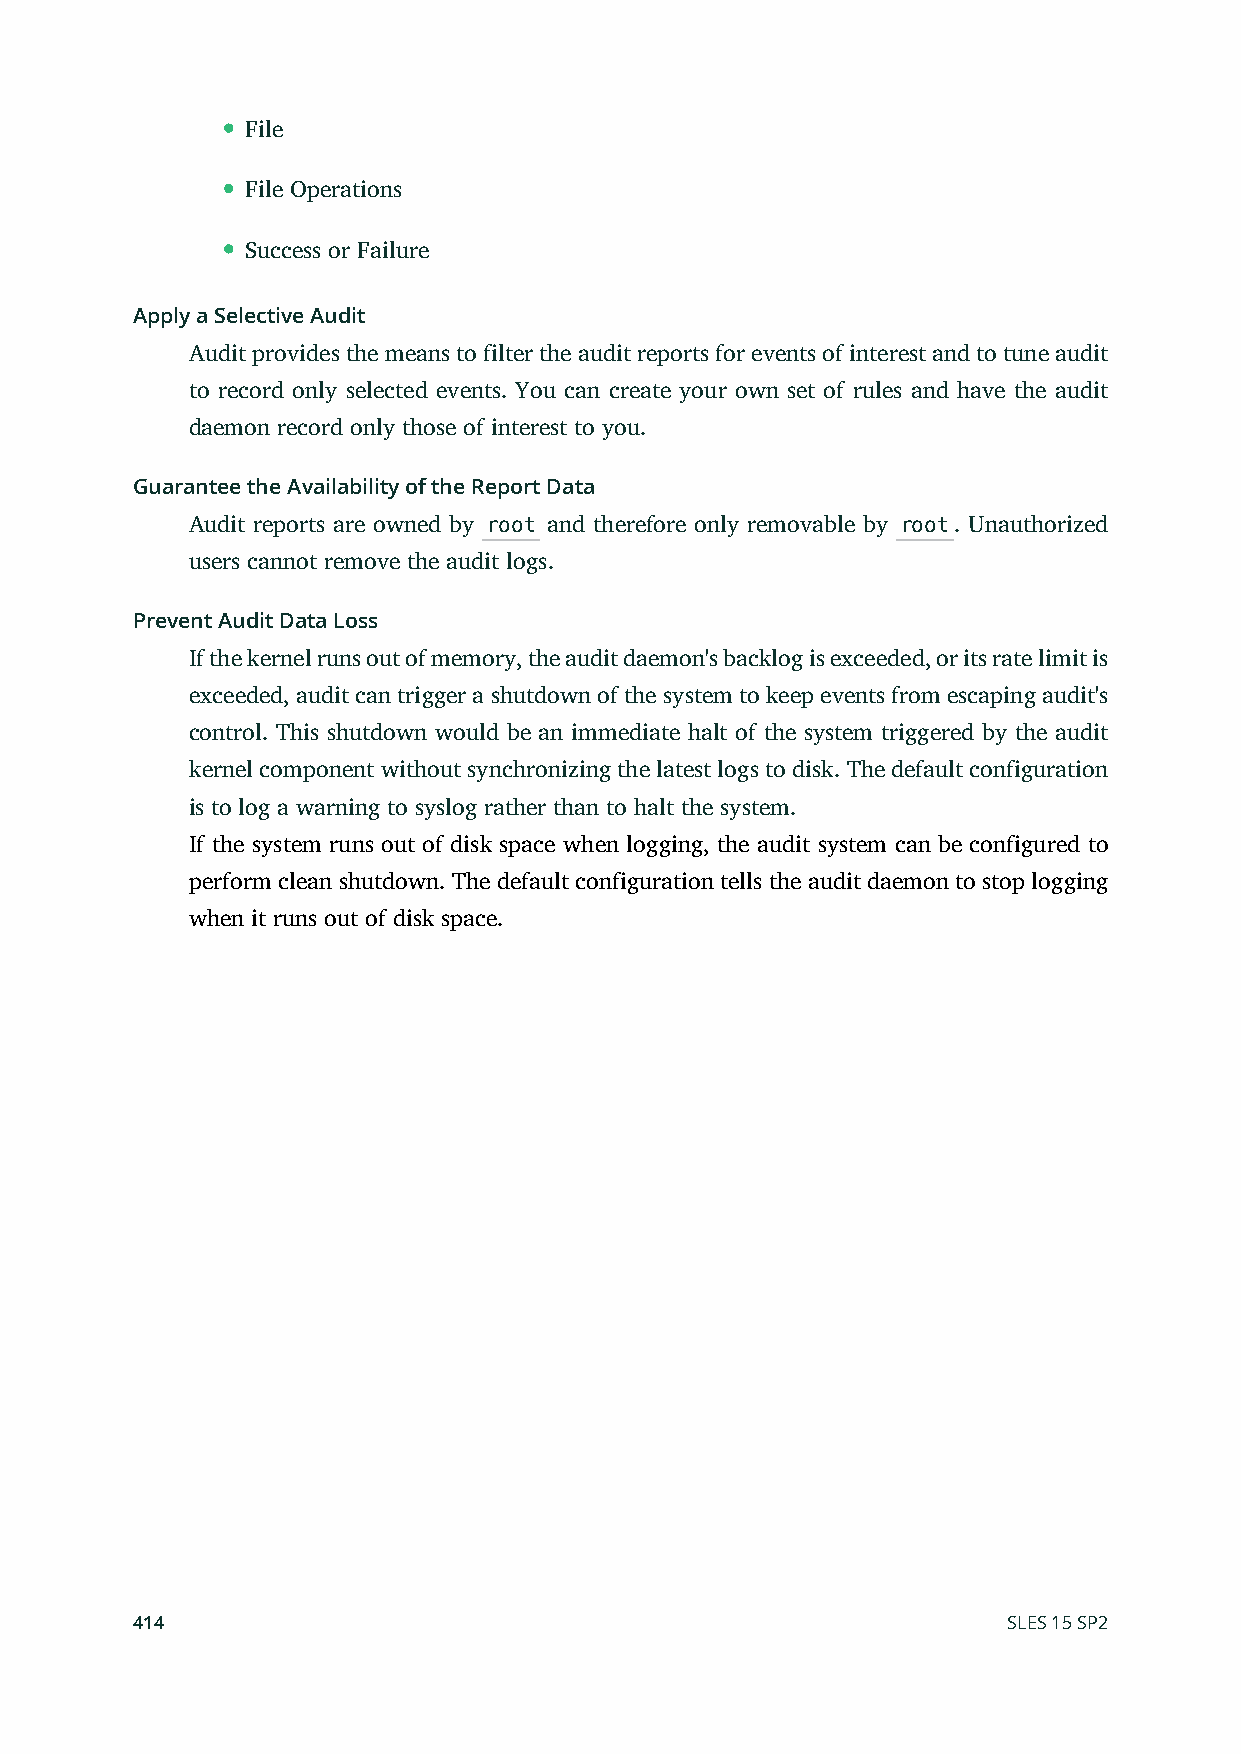
File
 File Operations
 Success or Failure
 Apply a Selective Audit
 Audit provides the means to filter the audit reports for events of interest and to tune audit
 to record only selected events. You can create your own set of rules and have the audit
 daemon record only those of interest to you.
 Guarantee the Availability of the Report Data
 Audit reports are owned by root and therefore only removable by root. Unauthorized
 users cannot remove the audit logs.
 Prevent Audit Data Loss
 If the kernel runs out of memory, the audit daemon's backlog is exceeded, or its rate limit is
 exceeded, audit can trigger a shutdown of the system to keep events from escaping audit's
 control. This shutdown would be an immediate halt of the system triggered by the audit
 kernel component without synchronizing the latest logs to disk. The default configuration
 is to log a warning to syslog rather than to halt the system.
 If the system runs out of disk space when logging, the audit system can be configured to
 perform clean shutdown. The default configuration tells the audit daemon to stop logging
 when it runs out of disk space.
 414                                                       SLES 15 SP2